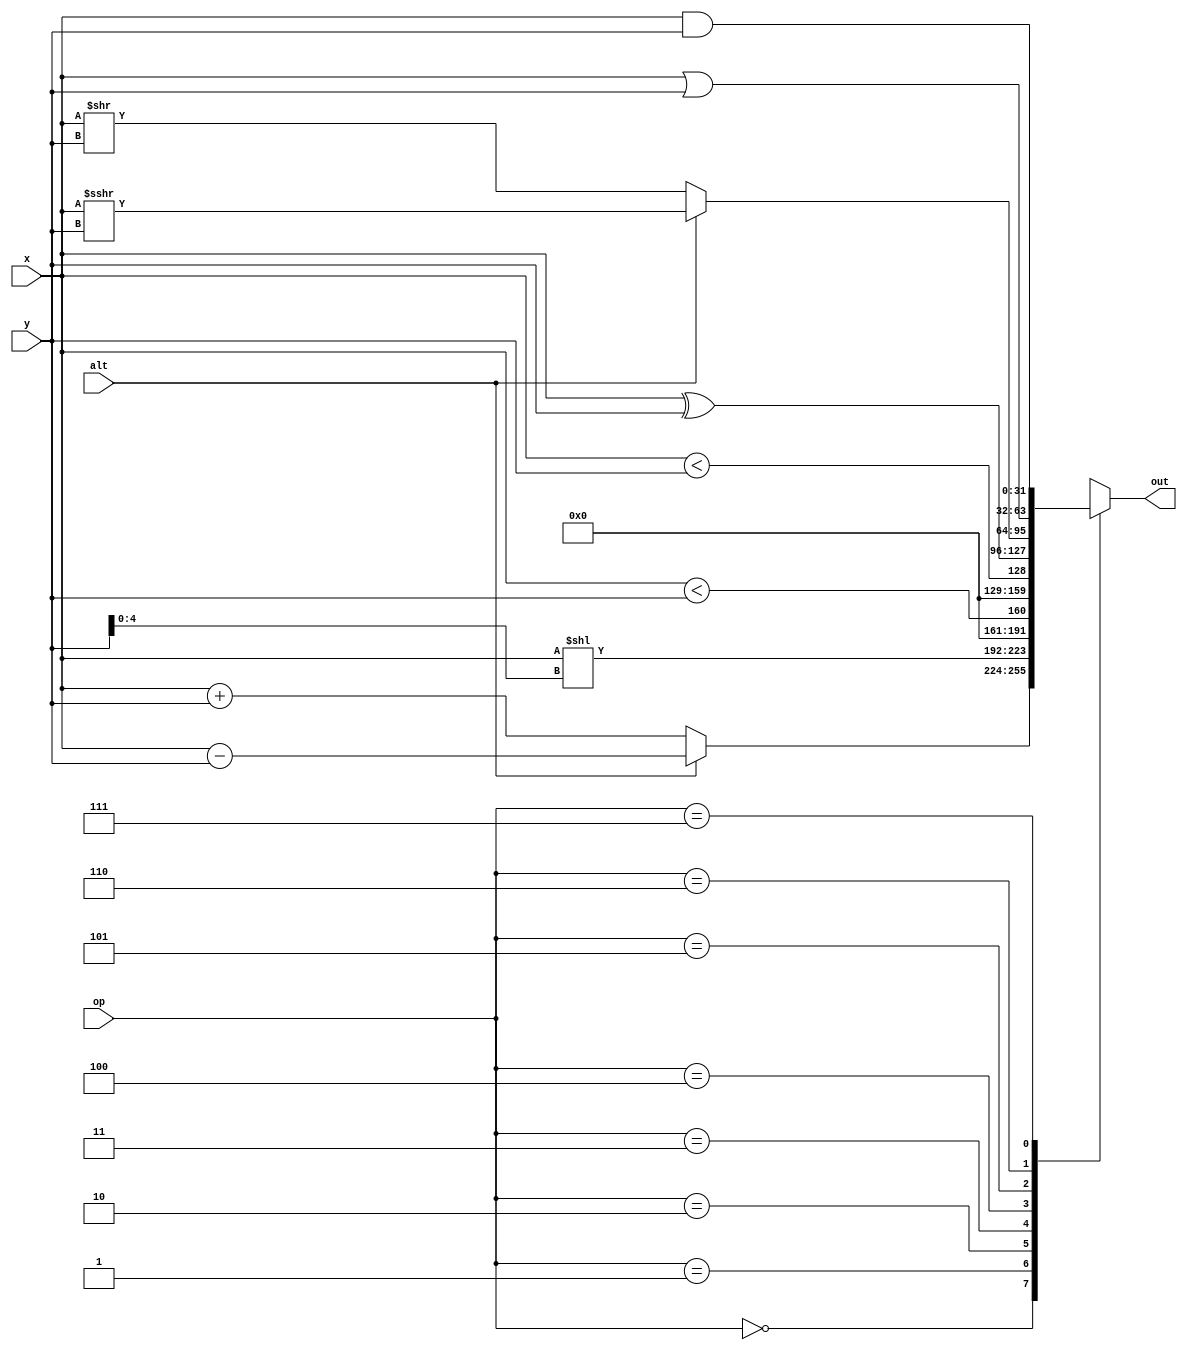
module alu(
	input [31:0] x, y,
	input alt,
	input [2:0] op,
	output reg [31:0] out
);
parameter AS = 3'b000;
parameter SLL = 3'b001;
parameter SLT = 3'b010;
parameter SLTU = 3'b011;
parameter XOR = 3'b100;
parameter SR = 3'b101;
parameter OR = 3'b110;
parameter AND = 3'b111;
always @(*) begin
	case(op)
		AS: out = alt ? x - y : x + y;
		SLL: out = x << y[4:0];
		SLT: out = {31'b0, $signed(x) < $signed(y)};
		SLTU: out = {31'b0, x < y};
		XOR: out = x ^ y;
		SR: out = alt ? x >>> y : x >> y;
		OR: out = x | y;
		AND: out = x & y;
	endcase
end
endmodule

module cmp(
	input [31:0] x, y,
	input [2:0] op,
	output reg out
);
parameter EQ = 3'b000;
parameter NE = 3'b001;
parameter LT = 3'b100;
parameter GE = 3'b101;
parameter LTU = 3'b110;
parameter GEU = 3'b111;

always @(*) begin
	case(op)
		EQ: out = x == y;
		NE: out = x != y;
		LT: out = $signed(x) < $signed(y);
		GE: out = $signed(x) >= $signed(y);
		LTU: out = x < y;
		GEU: out = x >= y;
	endcase
end
endmodule

module ram(
	input clk,
	input w_en,
	input u_en, // enable unsigned load
	input [13:0] i_addr,
	input [13:0] d_addr,
	input [31:0] d_in,
	input [1:0] d_size,
	output reg [31:0] d_out,
	output reg [31:0] i_out
);
parameter BYTE = 2'b00;
parameter HALF = 2'b01;
parameter WORD = 2'b10;

reg [31:0] mem [0:4095]; // 16KB
wire [31:0] d = mem[d_addr[13:2]];
wire [31:0] sb, sh, sw, lb, lh, lw;
wire [31:0] store, load;
wire [31:0] sb_mux [0:3];
wire [31:0] sh_mux [0:3];
wire [31:0] lb_mux [0:3];
wire [31:0] lh_mux [0:3];

// setup store
assign sb_mux[3] = {d_in[7:0], d[23:0]};
assign sb_mux[2] = {d[31:24], d_in[7:0], d[15:0]};
assign sb_mux[1] = {d[31:16], d_in[7:0], d[7:0]};
assign sb_mux[0] = {d[31:8], d_in[7:0]};

assign sh_mux[3] = 32'bz;
assign sh_mux[2] = {d_in[15:0], d[15:0]};
assign sh_mux[1] = 32'bz;
assign sh_mux[0] = {d[31:16], d_in[15:0]};

assign sb = sb_mux[d_addr[1:0]];
assign sh = sh_mux[d_addr[1:0]];
assign sw = d_in;

assign store = ({32{~|d_size}} & sb) | ({32{d_size[0]}} & sh) | ({32{d_size[1]}} & sw);

// setup load
assign lb_mux[3] = {{24{~u_en & d[31]}}, d[31:24]};
assign lb_mux[2] = {{24{~u_en & d[23]}}, d[23:16]};
assign lb_mux[1] = {{24{~u_en & d[15]}}, d[15:8]};
assign lb_mux[0] = {{24{~u_en & d[7]}}, d[7:0]};

assign lh_mux[3] = 32'bz;
assign lh_mux[2] = {{16{~u_en & d[31]}}, d[31:16]};
assign lh_mux[1] = 32'bz;
assign lh_mux[0] = {{16{~u_en & d[15]}}, d[15:0]};

assign lb = lb_mux[d_addr[1:0]];
assign lh = lh_mux[d_addr[1:0]];
assign lw = d;

assign load = ({32{~|d_size}} & lb) | ({32{d_size[0]}} & lh) | ({32{d_size[1]}} & lw);

always @(posedge clk) begin
	i_out <= mem[i_addr[13:2]];
	if(w_en)
		mem[d_addr[13:2]] <= store;
	else
		d_out <= load;
end
endmodule

module regfile(
	input clk,
	input [31:0] rd,
	input [4:0] rd_addr, r1_addr, r2_addr,
	input w_en,
	output reg [31:0] r1_out, r2_out
);
reg [31:0] registers[0:31];

always @(posedge clk) begin
	registers[0] <= 0;
	if(w_en)
		registers[rd_addr] <= rd;
	else begin
		r1_out <= registers[r1_addr];
		r2_out <= registers[r2_addr];
	end
end
endmodule

module ctrl(
	input clk,
	input [31:0] inst,
	output reg [4:0] r2, r1, dest_reg,
	output reg [2:0] funct,
	output reg [31:0] imm,
	output reg alu_alt,
	output reg memrd_en,
	output reg memwr_en,
	output reg regw_en,
	output reg jump_en,
	output reg alupc_en
);
parameter LOAD = 7'b00000_11; 
parameter STORE = 7'b01000_11; 
parameter BRANCH = 7'b11000_11; 
parameter JALR = 7'b11001_11; 
parameter JAL = 7'b11011_11; 
parameter OPIMM = 7'b01100_11; 
parameter OP = 7'b00100_11; 
parameter AUIPC = 7'b00101_11; 
parameter LUI = 7'b01101_11; 
parameter SYSTEM = 7'b11100_11;
parameter MISCMEM = 7'b00011_11; 

/* instruction decode */
wire [6:0] opcode = inst[6:0];
wire [6:0] funct7 = inst[31:25];
wire [2:0] funct3 = inst[14:12];
wire [4:0] rs2 = inst[24:20], rs1 = inst[19:15], rd = inst[11:7];
wire [31:0] imm_i = {{20{inst[31]}}, inst[31:20]};
wire [31:0] imm_s = {{20{inst[31]}}, inst[31:25], inst[11:7]};
wire [31:0] imm_b = {{19{inst[31]}}, inst[31], inst[7], inst[30:25], inst[11:8], 1'b0};
wire [31:0] imm_u = {inst[31:12], 12'b0};
wire [31:0] imm_j = {{11{inst[31]}}, inst[31], inst[19:12], inst[20], inst[30:21], 1'b0};

wire is_jal = opcode == JAL, is_jalr = opcode == JALR,
	is_auipc = opcode == AUIPC, is_opimm = opcode == OPIMM,
	is_store = opcode == STORE, is_load = opcode == LOAD,
	is_branch = opcode == BRANCH, is_lui = opcode == LUI,
	is_system = opcode == SYSTEM;

wire uncond_jump = is_jal | is_jalr;
wire add_to_pc = is_jal | is_jalr | is_auipc;
wire is_immediate =
	is_jalr | is_opimm | is_store | is_load |
	is_branch | is_lui | is_auipc | is_jal;

always @(posedge clk) begin
	funct = uncond_jump ? 3'b0 : funct3;
	r1 = rs1;
	r2 = is_immediate ? 5'b0 : rs2;
	dest_reg = rd;
	alu_alt = funct7[5];
	memrd_en = is_load;
	memwr_en = is_store;
	regw_en = !(is_store | is_branch | is_system);
	jump_en = is_branch | is_jalr | is_jal;
	alupc_en = add_to_pc;

	imm <= 0;
	case(opcode)
		JALR, OPIMM, LOAD: imm <= imm_i;
		STORE: imm <= imm_s;
		BRANCH: imm <= imm_b;
		LUI, AUIPC: imm <= imm_u;
		JAL: imm <= imm_j;
	endcase
end
endmodule

module pc(
	input clk,
	input jump_en,
	input inc_en,
	input reset,
	input [13:0] in_addr,
	output reg [13:0] out_addr
);
reg [13:0] inst_addr;

always @(posedge clk) begin
	out_addr <= inst_addr;
	if(reset)
		inst_addr <= 0;
	else begin
		if(inc_en & ~jump_en)
			inst_addr <= inst_addr + 4;
		if(jump_en & ~inc_en)
			inst_addr <= in_addr;
	end
end
endmodule

module cpu(
	input clk, reset,
	output reg trap,
	output reg [31:0] pc
);
reg [13:0] data_addr;
reg [31:0] alu_x, alu_y;
reg [31:0] cmp_x, cmp_y;
reg [31:0] rd_data;

wire [31:0] inst;
wire [13:0] inst_addr;
wire [4:0] r1_addr, r2_addr;
wire [31:0] r1_data, r2_data;
wire [4:0] dest_reg;
wire [31:0] imm;
wire [31:0] ram_out;
wire [31:0] alu_out;
wire [2:0] funct;
wire alu_alt;
wire do_jump;
wire jump_cond;
wire alu_add_to_pc;
wire memread;
wire memwrite;
wire writeback;

alu a(
	.x(alu_x), .y(alu_y),
	.alt(alu_alt),
	.op(funct),
	.out(alu_out)
);

cmp c(
	.x(cmp_x), .y(cmp_y),
	.op(funct),
	.out(jump_cond)
);

ram r(
	.clk(clk),
	.w_en(memwrite),
	.u_en(funct[2]),
	.i_addr(inst_addr),
	.d_addr(data_addr),
	.d_in(r2_data),
	.d_size(funct[1:0]),
	.d_out(ram_out),
	.i_out(inst)
);

regfile rf(
	.clk(clk),
	.rd(rd_data),
	.rd_addr(dest_reg),
	.r1_addr(r1_addr),
	.r2_addr(r2_addr),
	.w_en(writeback),
	.r1_out(r1_data),
	.r2_out(r2_data)
);

ctrl ct(
	.clk(clk),
	.inst(inst),
	.r1(r1_addr),
	.r2(r2_addr),
	.dest_reg(dest_reg),
	.funct(funct),
	.imm(imm),
	.alu_alt(alu_alt),
	.memrd_en(memread),
	.memwr_en(memwrite),
	.regw_en(writeback),
	.jump_en(do_jump),
	.alupc_en(alu_add_to_pc)
);

pc p(
	.clk(clk),
	.jump_en(do_jump & jump_cond),
	.inc_en(~(do_jump & jump_cond)),
	.reset(1'b0),
	//.in_addr(),
	.out_addr(inst_addr)
);

always @(posedge clk) begin
	rd_data <= memread ? ram_out : alu_out;
end

endmodule